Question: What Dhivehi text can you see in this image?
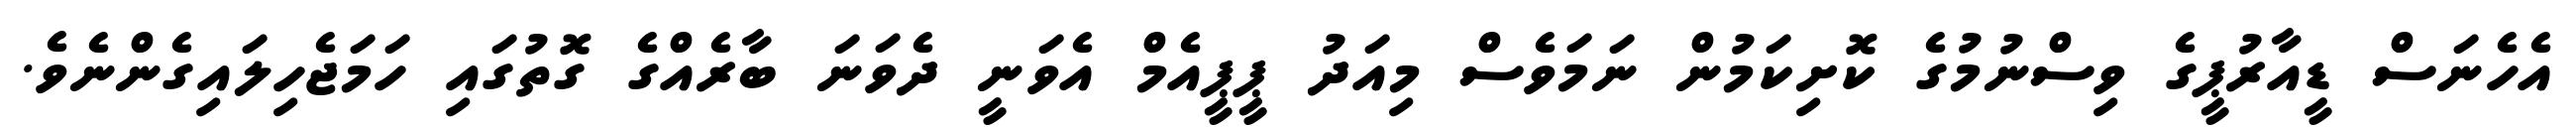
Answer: އެހެނަސް ޑީއާރުޕީގެ ވިސްނުމުގެ ކޮށިކަމުން ނަމަވެސް މިއަދު ޕީޕީއެމް އެވަނީ ދެވަނަ ބާރެއްގެ ގޮތުގައި ހަމަޖެހިލައިގެންނެވެ.